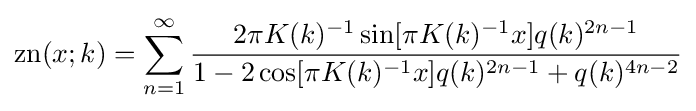
\operatorname {zn} (x;k)=\sum _{n=1}^{\infty }{\frac {2\pi K(k)^{-1}\sin[\pi K(k)^{-1}x]q(k)^{2n-1}}{1-2\cos[\pi K(k)^{-1}x]q(k)^{2n-1}+q(k)^{4n-2}}}